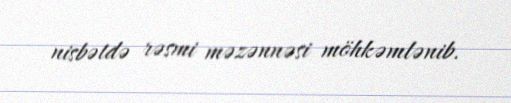
nisbətdə rəsmi məzənnəsi möhkəmlənib.